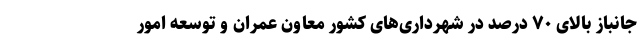
جانباز بالای ۷۰ درصد در شهرداری‌های کشور معاون عمران و توسعه امور